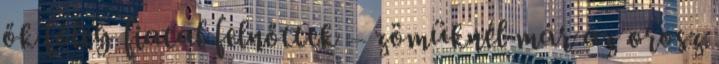
ők főleg fiatal felnőttek – zömüknél már az orosz